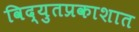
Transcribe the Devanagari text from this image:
विद्युतप्रकाशात